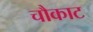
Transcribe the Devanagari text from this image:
चौकाट